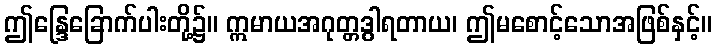
ဤန္ဒြေခြောက်ပါးတို့၌။ ဣမာယအဂုတ္တဒွါရတာယ၊ ဤမစောင့်သောအဖြစ်နှင့်။